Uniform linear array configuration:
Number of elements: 8
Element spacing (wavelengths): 1
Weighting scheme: uniform
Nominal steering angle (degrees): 30
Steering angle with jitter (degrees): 29.394
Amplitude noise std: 0.05
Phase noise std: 0.05

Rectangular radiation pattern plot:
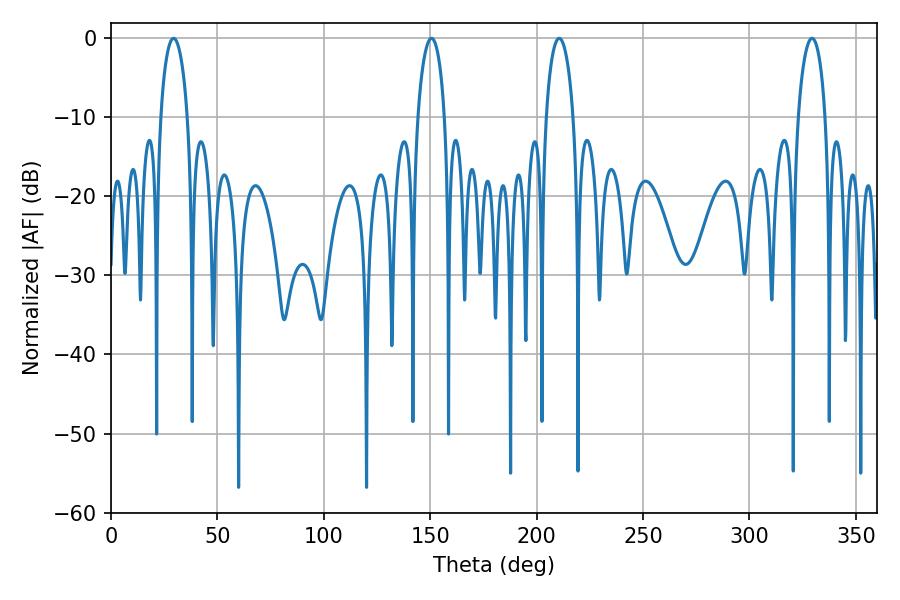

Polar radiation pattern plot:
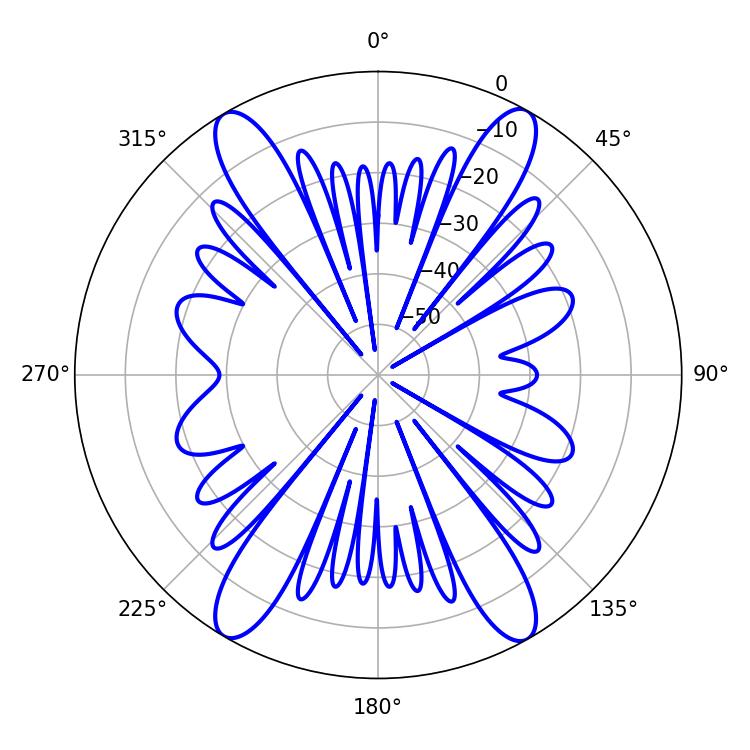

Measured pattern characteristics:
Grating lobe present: TRUE
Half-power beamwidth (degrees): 7.38
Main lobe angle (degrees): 210.6